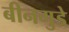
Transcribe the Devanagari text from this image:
बीनगुडे